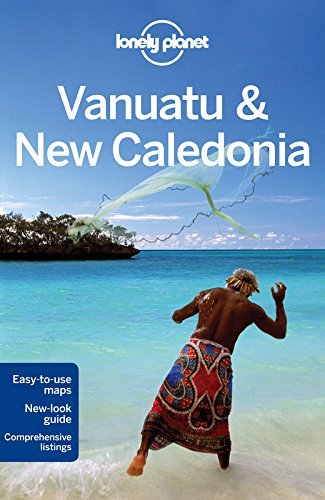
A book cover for By Lonely Planet Lonely Planet Vanuatu & New Caledonia (Travel Guide) (7th Seventh Edition) [Paperback]; Travel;